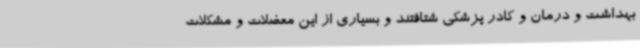
بهداشت و درمان و کادر پزشکی شتافتند و بسیاری از این معضلات و مشکلات